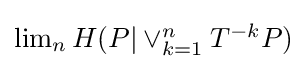
{\textstyle \lim _{n}H(P|\vee _{k=1}^{n}T^{-k}P)}